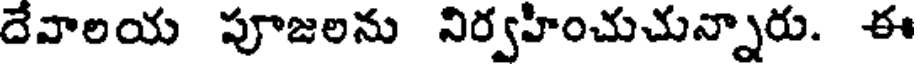
దేవాలయ పూజలను నిర్వహించుచున్నారు. ఈ